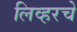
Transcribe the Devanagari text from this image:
लिव्हरचे